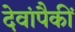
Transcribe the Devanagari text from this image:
देवांपैकीं